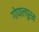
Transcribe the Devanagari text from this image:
गोपालपुरम